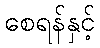
စေရန်နှင့်